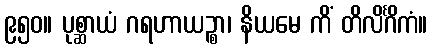
၉၅၀။ ပုစ္ဆာယံ ဂရဟာယဉ္စာ၊ နိယမေ ကိံ တိလိင်္ဂိကံ။